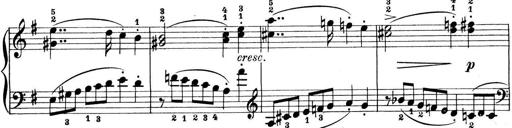
Title: Preis-Sonatine
Composer: Ernst James Bremner